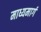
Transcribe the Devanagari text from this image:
माध्यमार्ग